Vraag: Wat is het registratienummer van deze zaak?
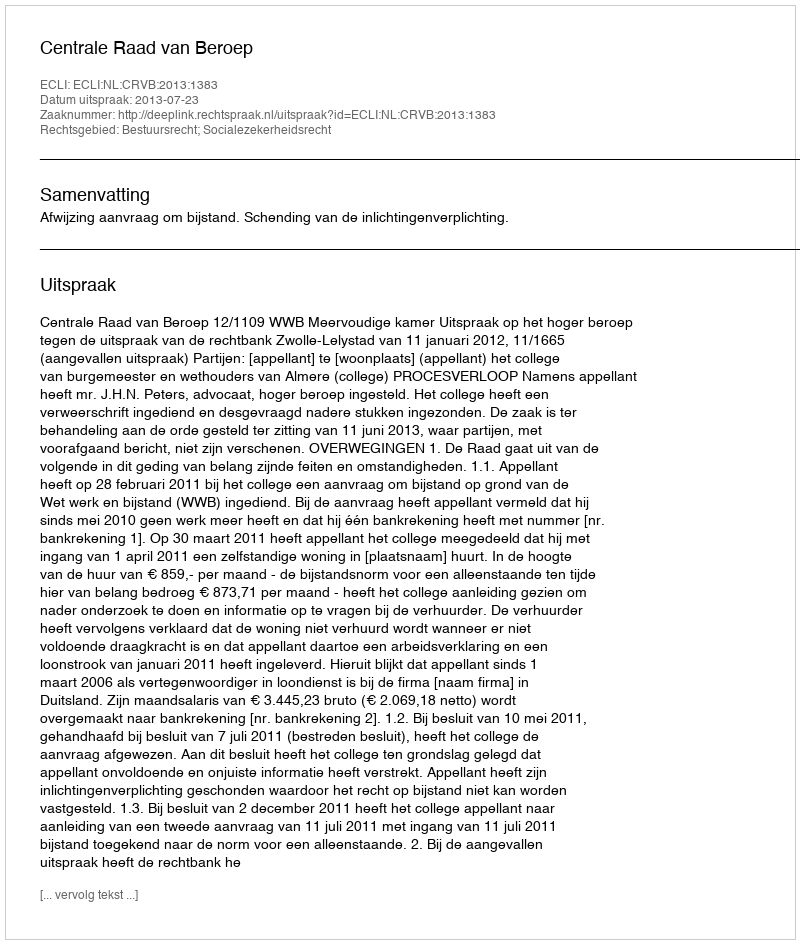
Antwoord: http://deeplink.rechtspraak.nl/uitspraak?id=ECLI:NL:CRVB:2013:1383